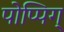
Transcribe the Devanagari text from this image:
पोप्पिग्